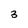
Character: 3